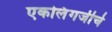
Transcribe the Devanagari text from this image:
एकलिंगजीचे